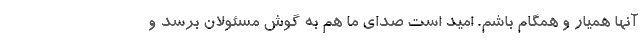
آنها همیار و همگام باشم. امید است صدای ما هم به گوش مسئولان برسد و